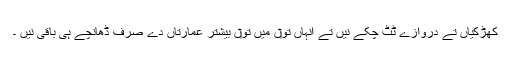
کھڑکیاں تے دروازے ٹُٹ چکے نيں تے انہاں تو‏ں ميں تو‏ں بیشتر عمارتاں دے صرف ڈھانچے ہی باقی نيں ۔